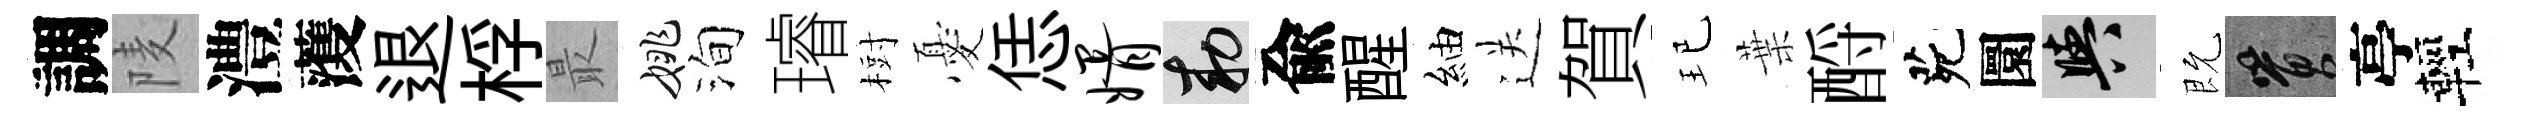
調𨹧澧𮑮退桴最姚洵璿𣗳憂恁婿敕兪醒紬送賀玘葉酹茕圜阳既篔亭輕